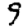
Digit: 9